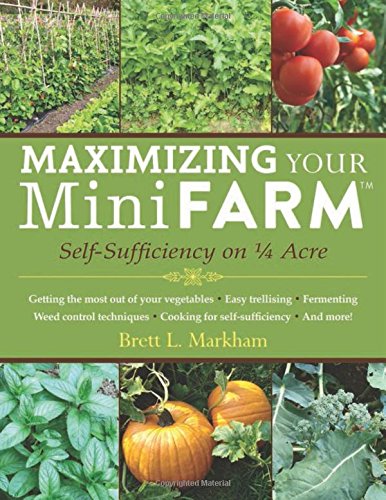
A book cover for Maximizing Your Mini Farm: Self-Sufficiency on 1/4 Acre; Brett L. Markham; Crafts, Hobbies & Home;